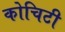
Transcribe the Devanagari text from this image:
कोचिटी